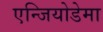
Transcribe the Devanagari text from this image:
एन्जियोडेमा